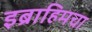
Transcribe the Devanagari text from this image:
इब्राहिमचा